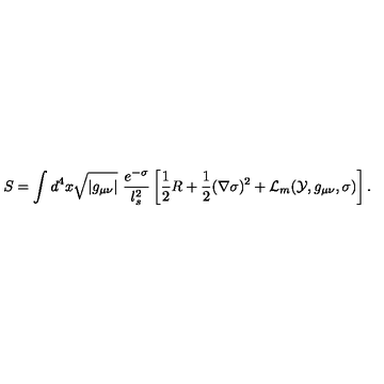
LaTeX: S = \int d ^ { 4 } x \sqrt { | g _ { \mu \nu } | } \ \frac { e ^ { - \sigma } } { l _ { s } ^ { 2 } } \left[ { \frac { 1 } { 2 } } R + { \frac { 1 } { 2 } } ( \nabla \sigma ) ^ { 2 } + { \cal L } _ { m } ( { \cal Y } , g _ { \mu \nu } , \sigma ) \right] .